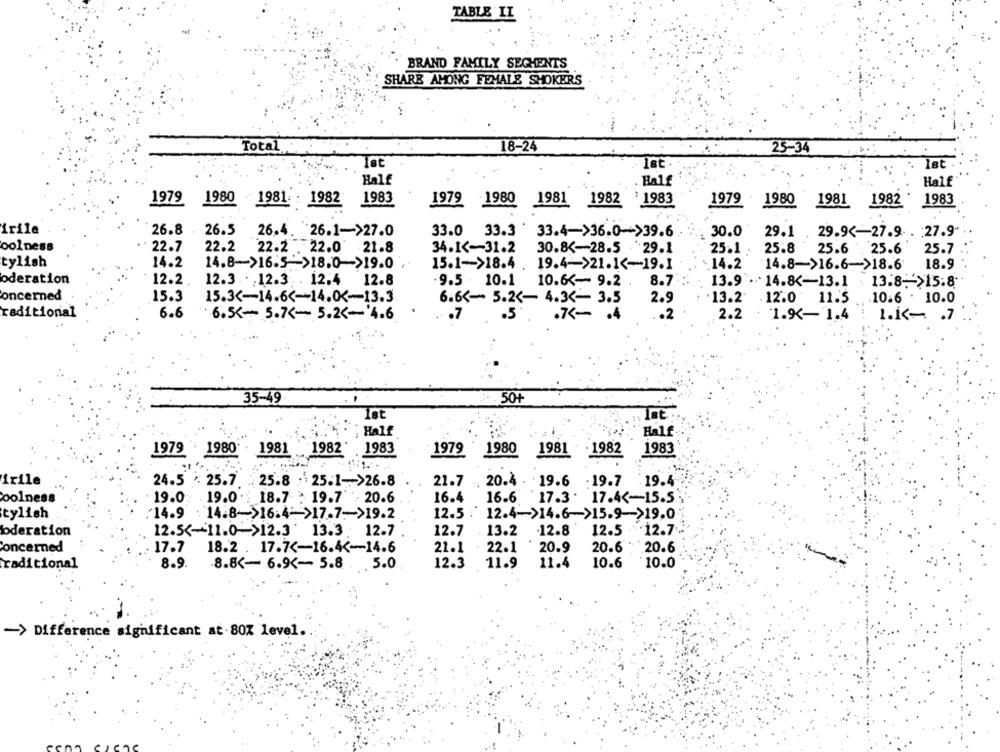
TABLE II
BRAND FAMILY SEGMENTS
SHARE AMONG FEMALE SHOKERS
Total
18-24
25-34
let
Half
Half
Half
1979
1980 1981 : 1982
1983
1979 1980
1981 1982 '1983
1979 1980
1981 1982 1983
irile
26.8
26.5
26.4. 26.1->27.0
33.0 33.3
33.4->36.0->39.6
30.0
29.1 . 29.9 <- 27.9. . : 27.9"
oolness
22.7
22.2
22.2 . 22.0 21.8
34.1 <- 31.2
30.8 <- 28.5 29.1
25.8
25.1 .
25.6 25.6
25.7
tylish
14.2
14.8->16.5 >18.0->19.0
15.1 -- >18.4 .
19.4->21.1 <- 19.1
-14.2
14.8->16.6->18.6
18.9
oderation
12.2.
12.3 . . . 12.3 . 12.4 12.8
9.5 . 10.1 10.6 <- 9.2
8.7 :
13.9 .14.8 <- 13.1 . 13.8- >15:8
oncerned
15.3
15.3 <- 14.6 <-- 14.0 <- 13.3
6.6 <- 5.2 <- 4.3 <- 3.5
2.9
.13.2
12.0 11.5
.10.6 . 10.0
Traditional
6.6
6.5 <- 5.7 <- 5.2 <- '4.6
.7
.5
.7 <- . 4
.2
2.2
: 1.9K- 1.4
1.1 <- . 7
35-49
50+
Ist.
Half
Half
1983
1979
1980
1983
1979 1980 - 1981 1982
1981 .1982
24.5 : 25.7
21.7 . 20.4 . 19.6 .19.7
irile
25.8 . 25.1 -- >26.8
19.4
coolness
19.0 .19.0 . 18.7 : 19.7 - 20.6
16.4
16.6 '17.3 . 17.4 <- 15.5
tylish
14.9 : 14.8->16.4- >17.7->19.2
12.5
12.4->14.6->15.9->19.0
oderation
12.5 <- 11.0 >12.3 13.3 . 12.7
12.7
13.2 12.8
12.5 - 12.7
Concerned
17.7
18.2 . 17.7 <- 16.4 <- 14.6
21.1
22.1
20.9
20.6 . 20.6
traditional
8.9.
.8.8 <- 6.9 <- 5.8 .
.5.0
12.3
11.9
11.4
10.6
10.0
-> Difference significant at-80% level.